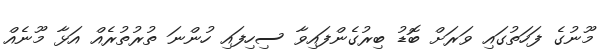
މޫނުގެ ފަހަތުގައި ވަރަށް ބޮޑު ބިރުގެންފައިވާ ސިހިފައި ހުންނަ ތުރުތުރެއް އަޅާ މޫނެއް